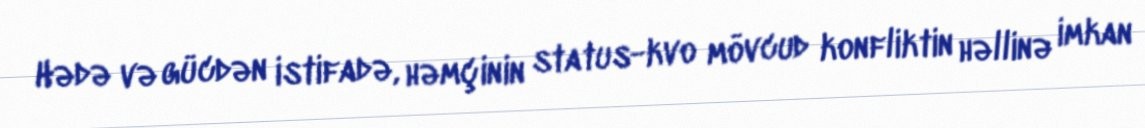
Hədə və gücdən istifadə, həmçinin status-kvo mövcud konfliktin həllinə imkan